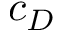
c _ { D }